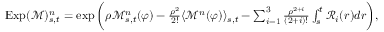
\begin{array} { r } { \mathrm { E x p } ( \mathcal { M } ) _ { s , t } ^ { n } = \exp \bigg ( \rho \mathcal { M } _ { s , t } ^ { n } ( \varphi ) - \frac { \rho ^ { 2 } } { 2 ! } \langle \mathcal { M } ^ { n } ( \varphi ) \rangle _ { s , t } - \sum _ { i = 1 } ^ { 3 } \frac { \rho ^ { 2 + i } } { ( 2 + i ) ! } \int _ { s } ^ { t } \mathcal { R } _ { i } ( r ) d r \bigg ) , } \end{array}